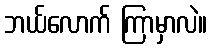
ဘယ်လောက် ကြာမှာလဲ။